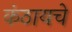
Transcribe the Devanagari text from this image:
कंठायचे